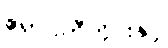
ဧရာဝတီတိုင်းနှင့်